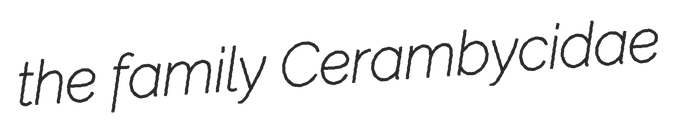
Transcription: the family Cerambycidae